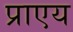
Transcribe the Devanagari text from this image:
प्राएय